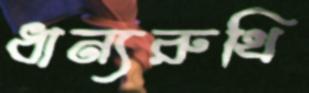
ধান্যরুখি